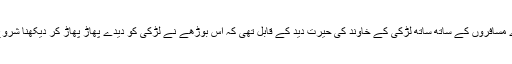
مگر دوسرے مسافروں کے ساتھ ساتھ لڑکی کے خاوند کی حیرت دید کے قابل تھی کہ اس بوڑھے نے لڑکی کو دیدے پھاڑ پھاڑ کر دیکھنا شروع کر دیا تھا۔